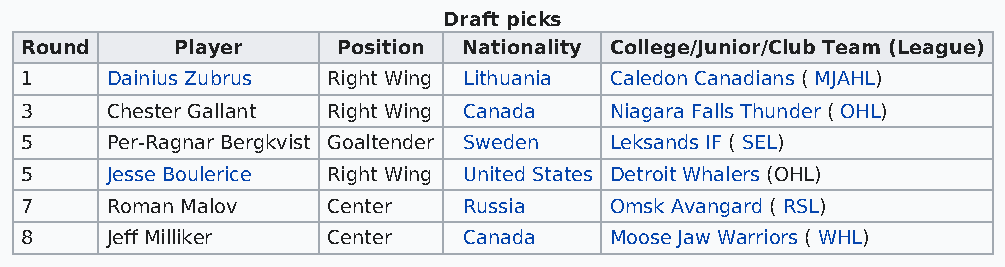
Draft picks
 Round      Player    Position Nationality College/Junior/Club Team (League)
 1     Dainius Zubrus Right Wing Lithuania Caledon Canadians ( MJAHL)
 3     Chester Gallant Right Wing Canada Niagara Falls Thunder ( OHL)
 5     Per-Ragnar Bergkvist Goaltender Sweden Leksands IF ( SEL)
 5     Jesse Boulerice Right Wing United States Detroit Whalers (OHL)
 7     Roman Malov    Center   Russia   Omsk Avangard ( RSL)
 8     Jeff Milliker  Center   Canada   Moose Jaw Warriors ( WHL)